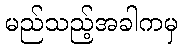
မည်သည့်အခါကမှ